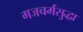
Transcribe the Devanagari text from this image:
गजचर्मसुद्धा